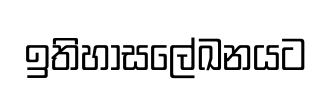
ඉතිහාසලේඛනයට